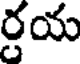
ర్రయ